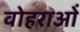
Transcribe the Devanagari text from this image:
वोहराओं